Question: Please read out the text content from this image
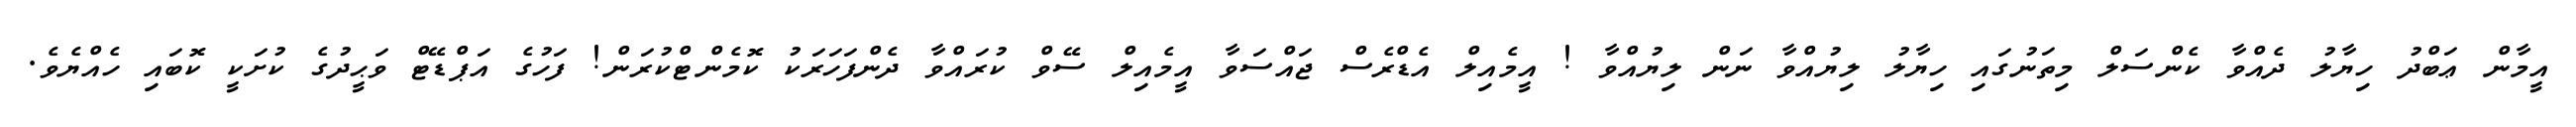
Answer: އީމާން ޢަބްދު ހިޔާލު ދެއްވާ ކެންސަލް މިތަނުގައި ހިޔާލު ލިޔުއްވާ ނަން ލިޔުއްވާ ! އީމެއިލް އެޑްރެސް ޖައްސަވާ އީމެއިލް ސޭވް ކުރައްވާ ދެންފަހަރަކު ކޮމެންޓްކުރަން! ފަހުގެ އަޕްޑޭޓް ވަޙީދުގެ ކުށަކީ ކޮބައި ހެއްޔެވެ.